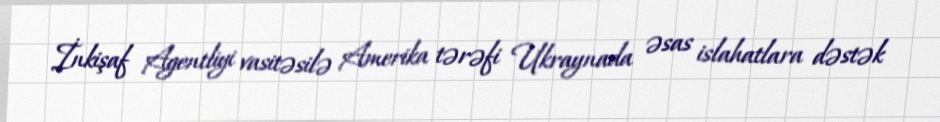
İnkişaf Agentliyi vasitəsilə Amerika tərəfi Ukraynada əsas islahatlara dəstək